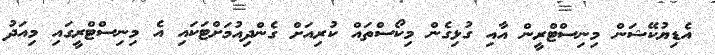
އެޑިޔުކޭޝަން މިނިސްޓްރީން އާއި ގުޅިގެން މިކޯސްތައް ކުރިއަށް ގެންދިއުމަށްޓަކައި އެ މިިނިސްޓްރީގައި މިއަދު